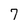
Character: 7